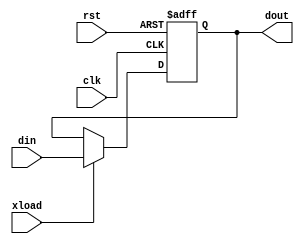
/*xALU*/
module x(din, clk, rst,xload, dout);
input [7:0] din;
output [7:0]dout;
reg [7:0]dout;
input clk,rst,xload;
always@(posedge clk or negedge rst)
begin
	if(rst==0)
		dout<=0;
	else if(xload)
		dout<=din;
end
endmodule